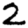
Digit: 2